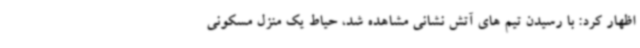
اظهار کرد: با رسیدن تیم های آتش نشانی مشاهده شد، حیاط یک منزل مسکونی